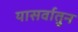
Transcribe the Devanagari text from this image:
यासर्वातुन